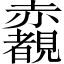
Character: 𧺃